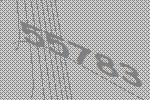
55783